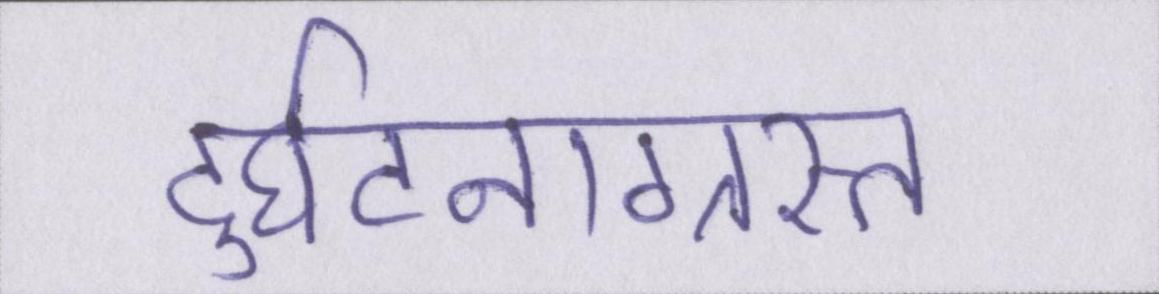
दुर्घटनाग्रस्त